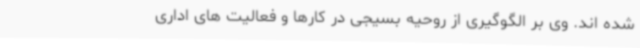
شده اند. وی بر الگوگیری از روحیه بسیجی در کارها و فعالیت های اداری